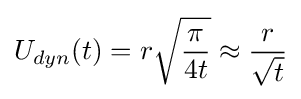
U_{dyn}(t)=r{\sqrt {\frac {\pi }{4t}}}\approx {\frac {r}{\sqrt {t}}}